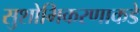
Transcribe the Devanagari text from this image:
सुशोभिकरणाकडे